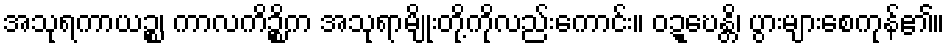
အသုရကာယဉ္စ၊ ကာလကိဉ္စိက အသုရာမျိုးတို့ကိုလည်းကောင်း။ ဝဍ္ဎေန္တိ၊ ပွားများစေကုန်၏။